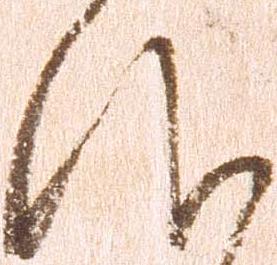
仰